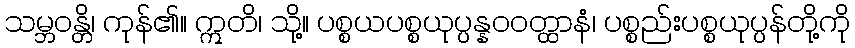
သမ္ဘဝန္တိ၊ ကုန်၏။ ဣတိ၊ သို့။ ပစ္စယပစ္စယုပ္ပန္နဝဝတ္ထာနံ၊ ပစ္စည်းပစ္စယုပ္ပန်တို့ကို